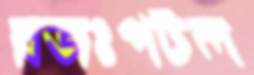
রজঃপটল